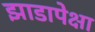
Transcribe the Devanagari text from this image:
झाडापेक्षा